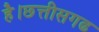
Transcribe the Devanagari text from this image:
है।छत्तीसगढ